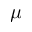
\boldsymbol { \mu }